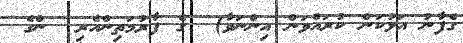
ގެފާނު އަޅުކަން ކުރައްވަން އިންނަވާ)  ގެ ފާރުމަތިންއެރި  ންގެ